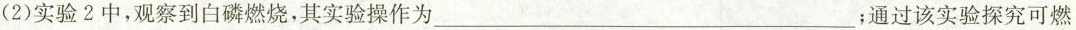
(2)实验2中，观察到白磷燃烧，其实验操作为___；通过该实验探究可燃